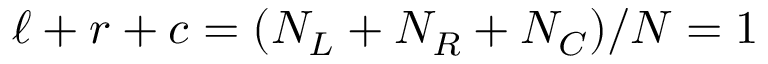
\ell + r + c = ( N _ { L } + N _ { R } + N _ { C } ) / N = 1